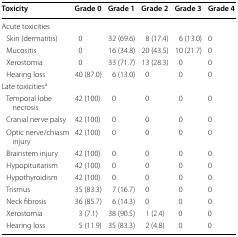
<table><thead><tr><td><b>Toxicity</b></td><td><b>Grade 0</b></td><td><b>Grade 1</b></td><td><b>Grade 2</b></td><td><b>Grade 3</b></td><td><b>Grade 4</b></td></tr></thead><tbody><tr><td colspan="6">Acute toxicities</td></tr><tr><td> Skin (dermatitis)</td><td>0</td><td>32 (69.6)</td><td>8 (17.4)</td><td>6 (13.0)</td><td>0</td></tr><tr><td> Mucositis</td><td>0</td><td>16 (34.8)</td><td>20 (43.5)</td><td>10 (21.7)</td><td>0</td></tr><tr><td> Xerostomia</td><td>0</td><td>33 (71.7)</td><td>13 (28.3)</td><td>0</td><td>0</td></tr><tr><td> Hearing loss</td><td>40 (87.0)</td><td>6 (13.0)</td><td>0</td><td>0</td><td>0</td></tr><tr><td colspan="6">Late toxicities<sup>a</sup></td></tr><tr><td> Temporal lobe necrosis</td><td>42 (100)</td><td>0</td><td>0</td><td>0</td><td>0</td></tr><tr><td> Cranial nerve palsy</td><td>42 (100)</td><td>0</td><td>0</td><td>0</td><td>0</td></tr><tr><td> Optic nerve/chiasm injury</td><td>42 (100)</td><td>0</td><td>0</td><td>0</td><td>0</td></tr><tr><td> Brainstem injury</td><td>42 (100)</td><td>0</td><td>0</td><td>0</td><td>0</td></tr><tr><td> Hypopituitarism</td><td>42 (100)</td><td>0</td><td>0</td><td>0</td><td>0</td></tr><tr><td> Hypothyroidism</td><td>42 (100)</td><td>0</td><td>0</td><td>0</td><td>0</td></tr><tr><td> Trismus</td><td>35 (83.3)</td><td>7 (16.7)</td><td>0</td><td>0</td><td>0</td></tr><tr><td> Neck fibrosis</td><td>36 (85.7)</td><td>6 (14.3)</td><td>0</td><td>0</td><td>0</td></tr><tr><td> Xerostomia</td><td>3 (7.1)</td><td>38 (90.5)</td><td>1 (2.4)</td><td>0</td><td>0</td></tr><tr><td> Hearing loss</td><td>5 (11.9)</td><td>35 (83.3)</td><td>2 (4.8)</td><td>0</td><td>0</td></tr></tbody></table>